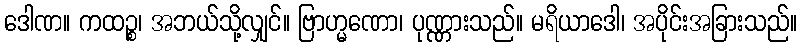
ဒေါဏ။ ကထဉ္စ၊ အဘယ်သို့လျှင်။ ဗြာဟ္မဏော၊ ပုဏ္ဏားသည်။ မရိယာဒေါ၊ အပိုင်းအခြားသည်။